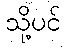
သို့ပင်